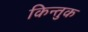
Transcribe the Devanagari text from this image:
किन्तुक